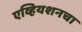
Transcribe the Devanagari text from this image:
एव्हियशनचा